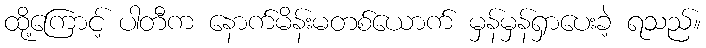
ထို့ကြောင့် ပါတီက နောက်မိန်းမတစ်ယောက် မှန်မှန်ရှာပေးခဲ့ ရသည်။